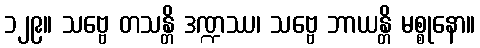
၁၂၉။ သဗ္ဗေ တသန္တိ ဒဏ္ဍဿ၊ သဗ္ဗေ ဘာယန္တိ မစ္စုနော။